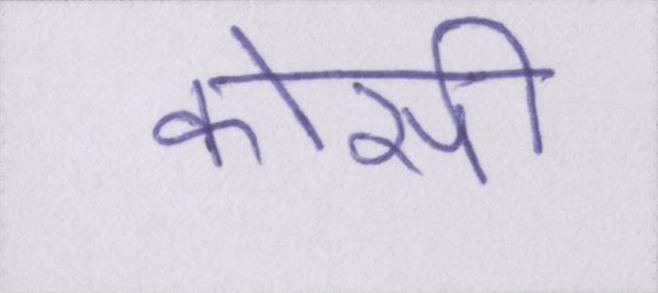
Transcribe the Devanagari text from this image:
कोसी